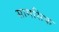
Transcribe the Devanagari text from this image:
सामसिक